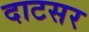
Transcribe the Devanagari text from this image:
दाटसर